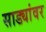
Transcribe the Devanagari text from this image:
साड्यांवर